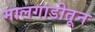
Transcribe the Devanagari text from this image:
मालगाडीतून